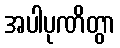
အပါပုဏိတွာ